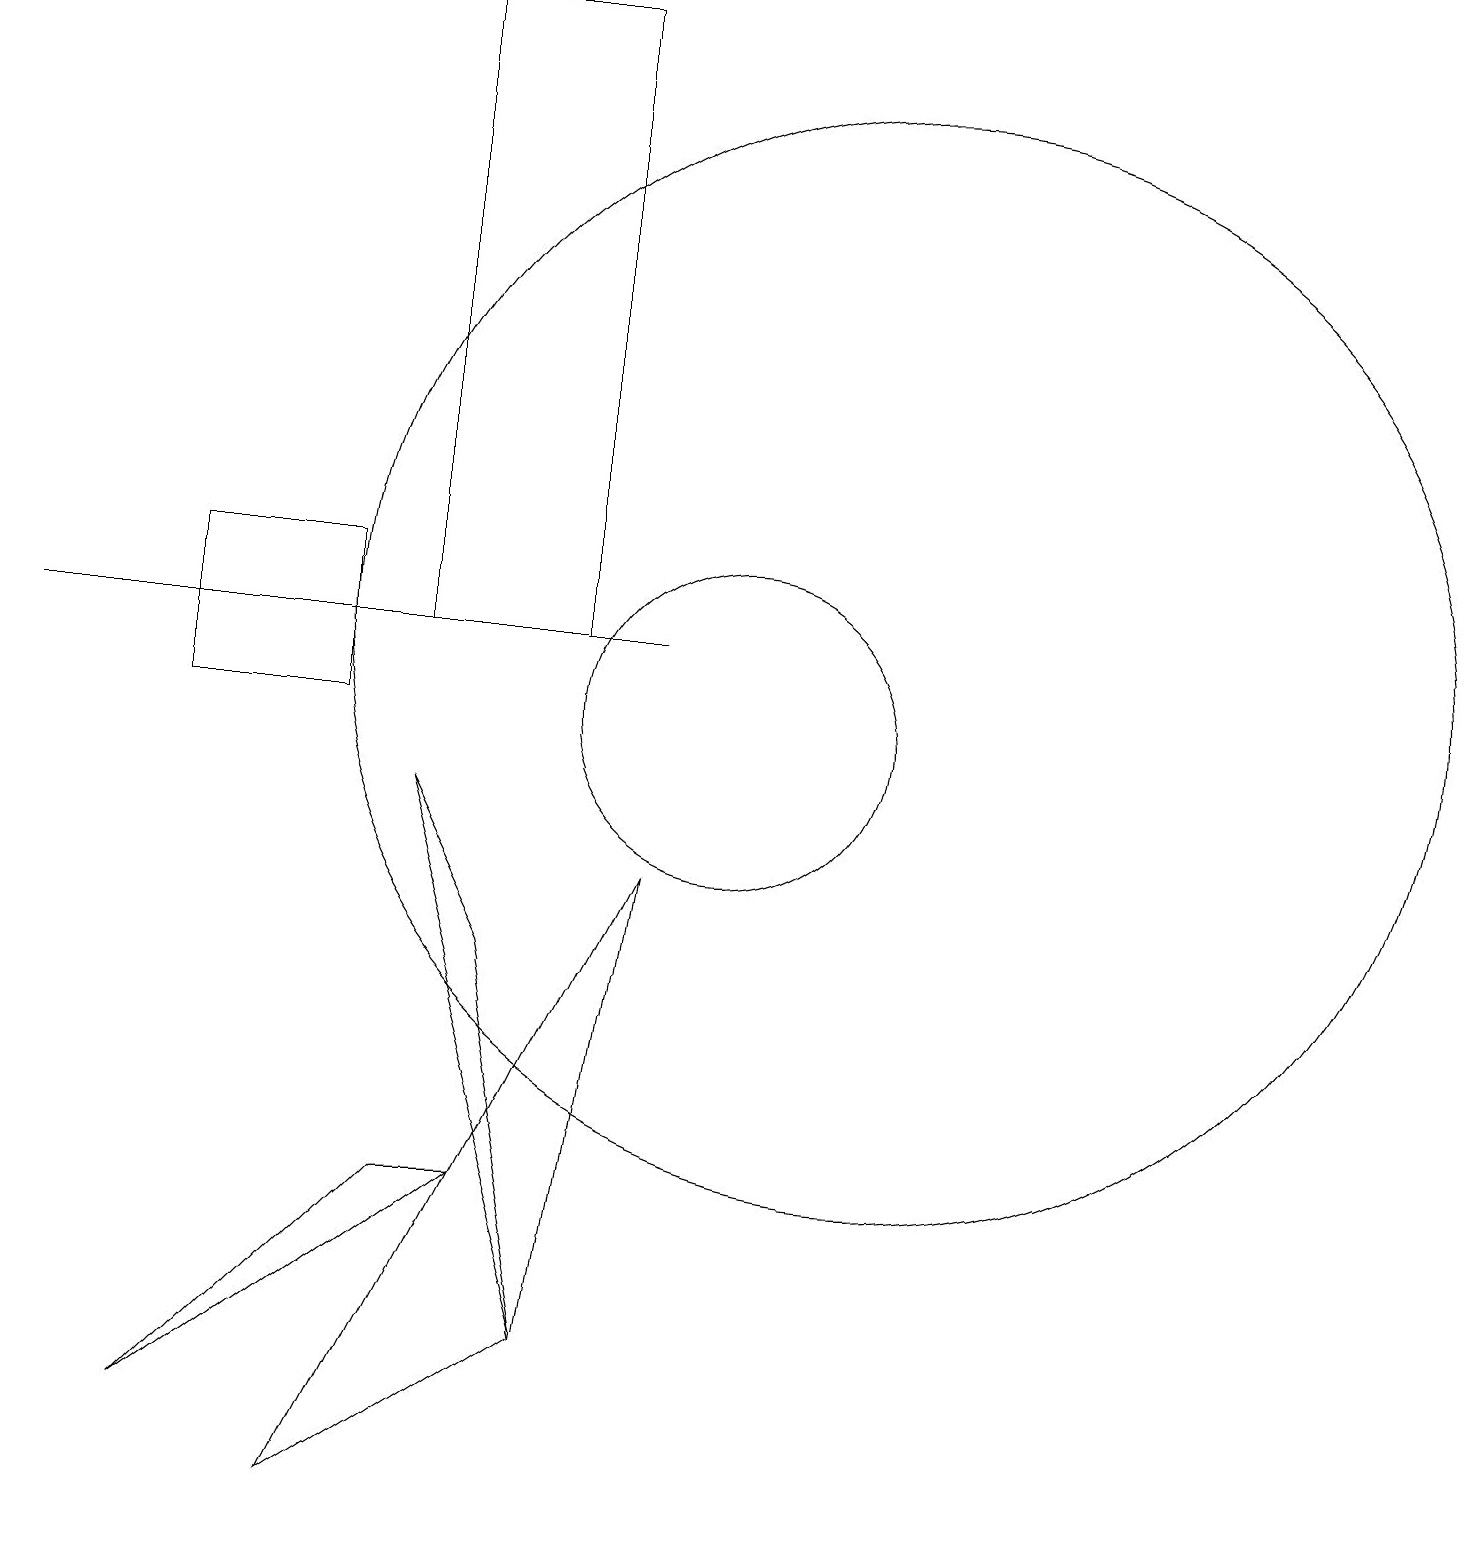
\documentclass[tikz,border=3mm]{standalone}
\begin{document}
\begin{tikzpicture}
\draw (6,11) rectangle (8,19);
\draw (8,2) -- (9,8) -- (5,0) -- cycle;
\draw (5,12) rectangle (3,10);
\draw (10,10) circle (2);
\draw (12,11) circle (7);
\draw (7,4) -- (6,4) -- (3,1) -- cycle;
\draw (6,9) -- (8,2) -- (7,7) -- cycle;
\draw (1,11) rectangle (9,11);
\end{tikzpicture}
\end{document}